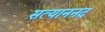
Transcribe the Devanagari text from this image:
सत्याननद